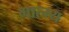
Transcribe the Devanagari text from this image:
मात्म्य